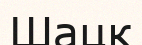
Шацк